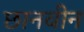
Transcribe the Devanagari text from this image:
छानवीन